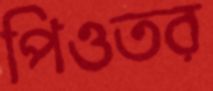
পিওতর